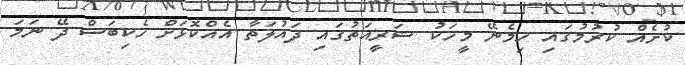
ކުށެއް ކުރުމުގައި ހިމެނޭ މީހަކު ޝަރީއަތުގައި ދައުލަތާ އެއްކޮޅަށް ހެކިބަސް ދޭ ނަމަ